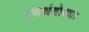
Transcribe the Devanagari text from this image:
रणथंबोरचा